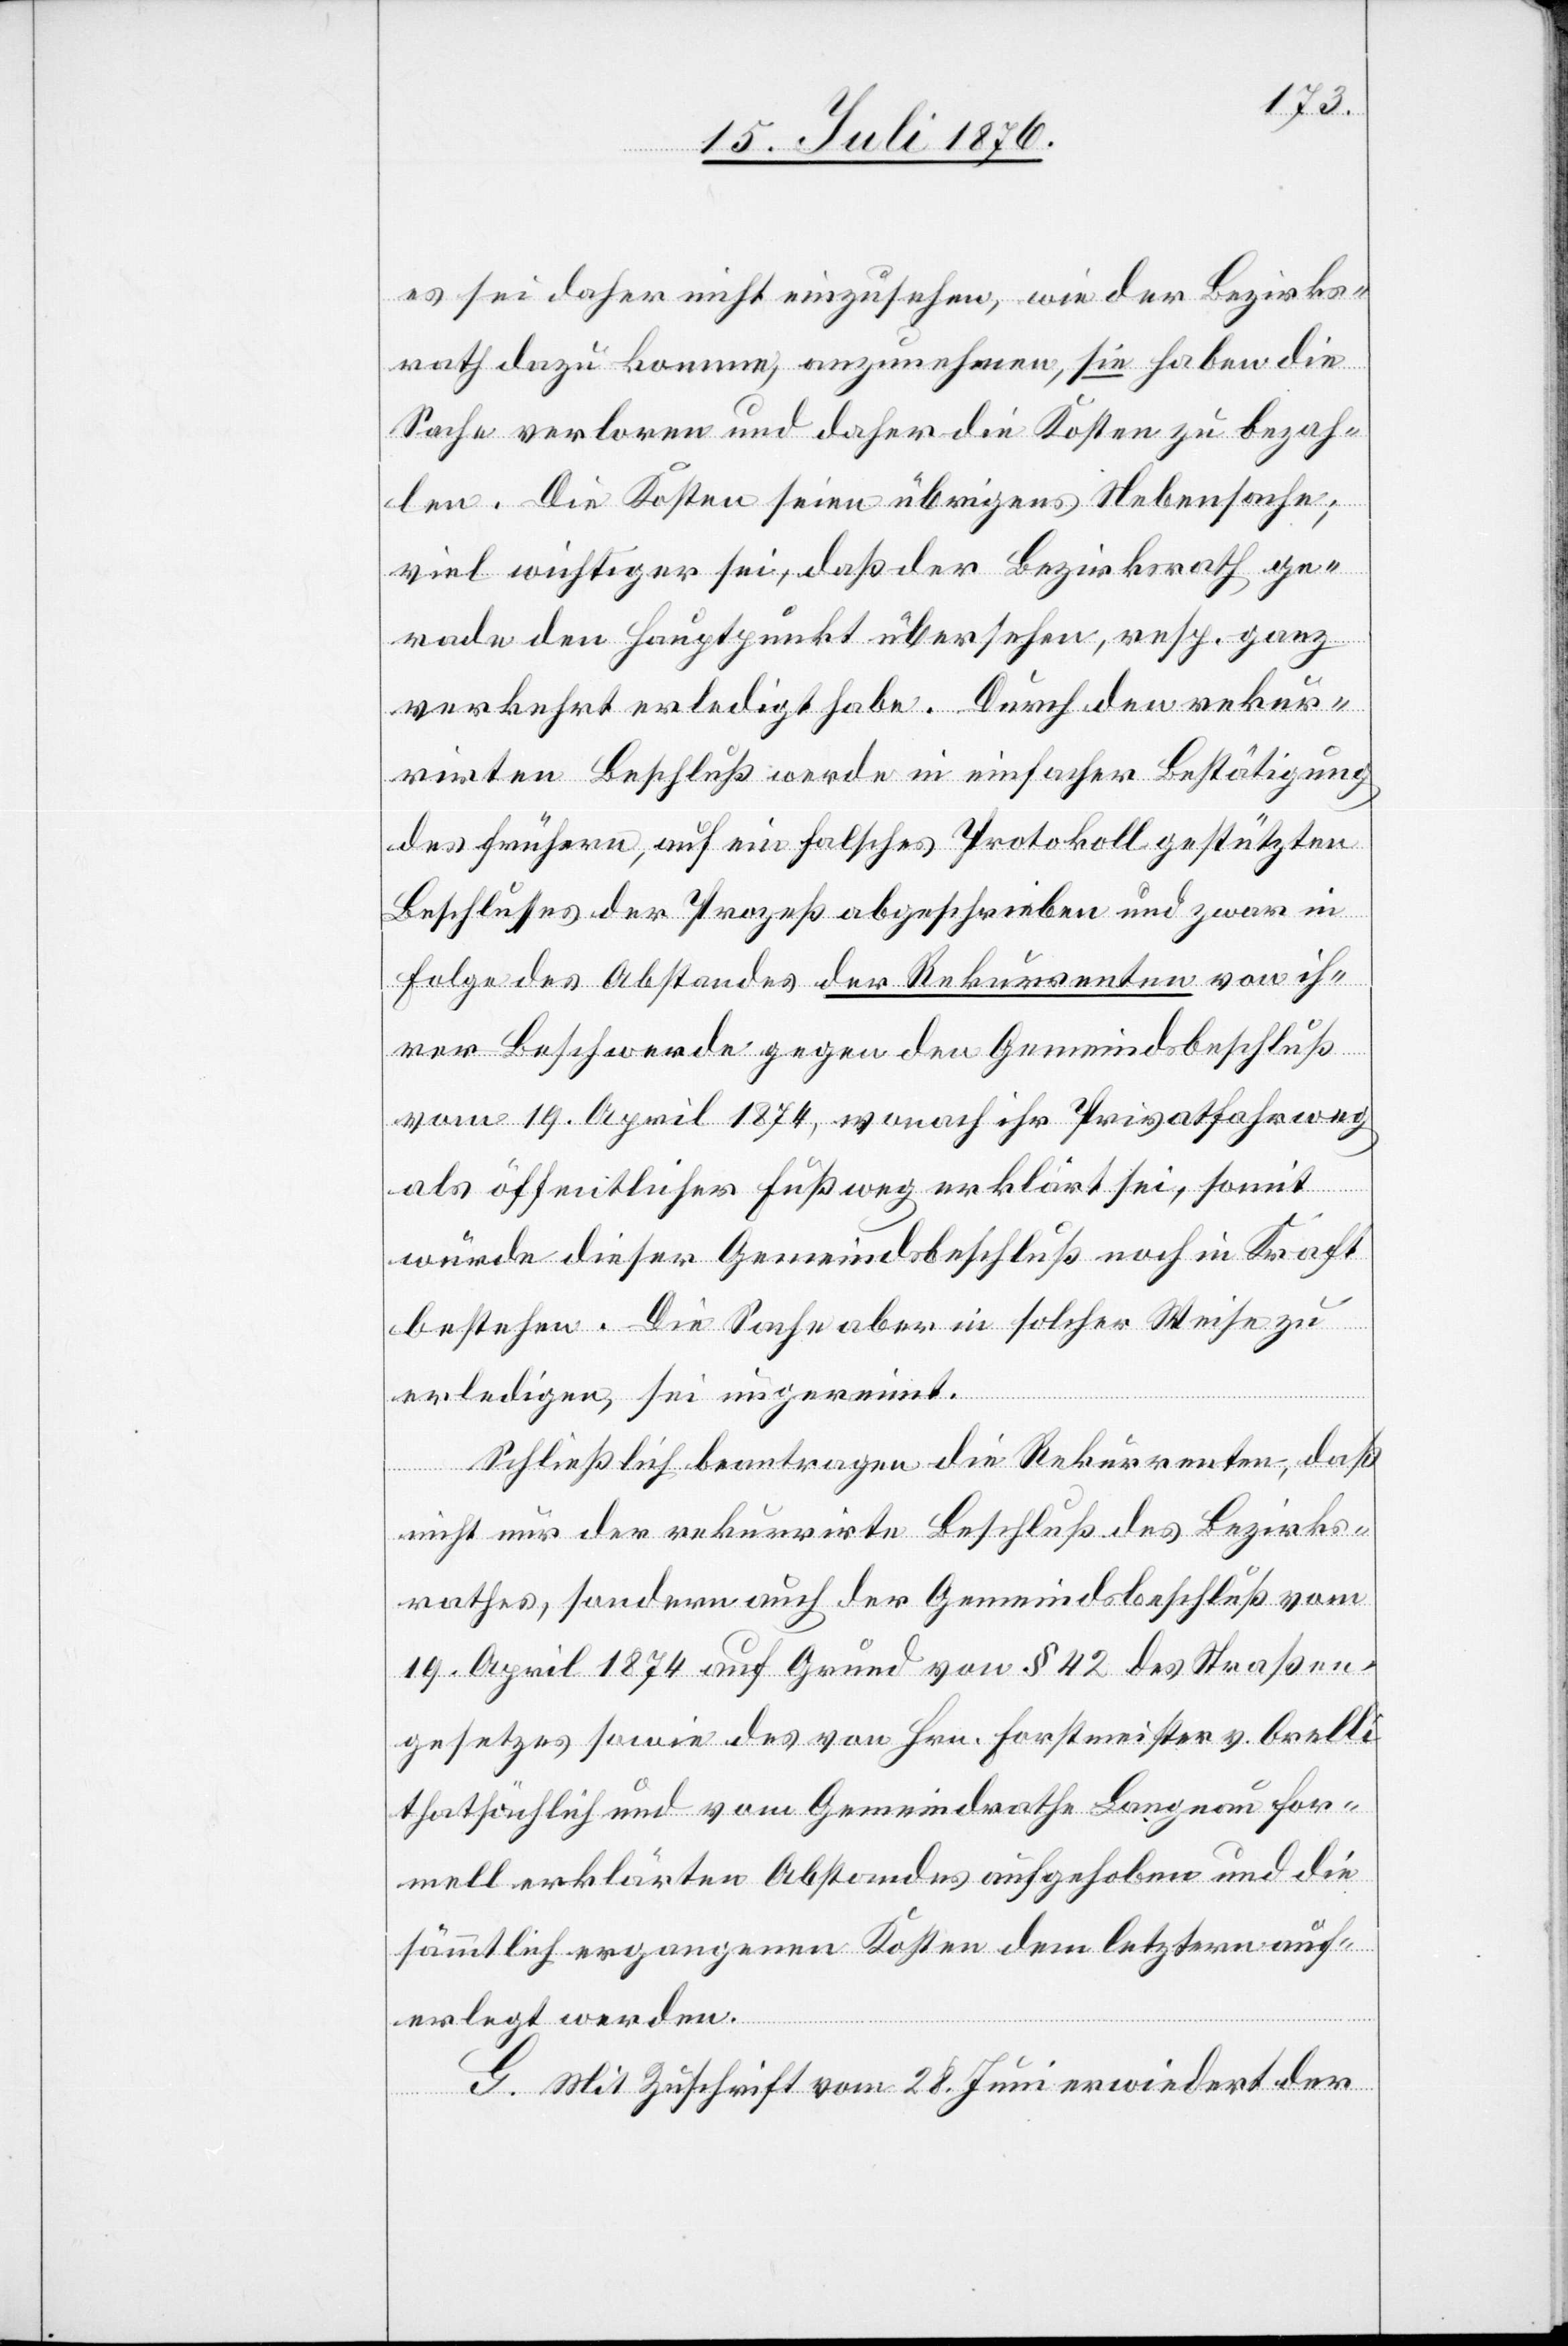
es sei daher nicht einzusehen, wie der Bezirks¬
rath dazu komme, anzunehmen, sie haben die
Sache verloren und daher die Kosten zu bezah¬
len. Die Kosten seien übrigens Nebensache;
viel wichtiger sei, daß der Bezirksrath ge¬
rade den Hauptpunkt übersehe, resp. ganz
verkehrt erledigt habe. Durch den rekur¬
rirten Beschluß werde in einfacher Bestätigung
des frühern, auf ein falsches Protokoll gestützten
Beschlusses der Prozeß abgeschrieben und zwar in
Folge des Abstandes der Rekurrenten von ih¬
rer Beschwerde gegen den Gemeindsbeschluß
vom 19. April 1874, wonach ihr Privatfahrweg
als öffentlicher Fußweg erklärt sei, somit
würde dieser Gemeindsbeschluß noch in Kraft
bestehen. Die Sache aber in solcher Weise zu
erledigen, sei ungereimt.
Schließlich beantragen die Rekurrenten, das
nicht nur der rekurrirte Beschluß des Bezirks¬
rathes, sondern auch der Gemeindsbeschluß vom
19. April 1874 auf Grund von § 42 des Straßen¬
gesetzes sowie des von Hrn. Forstmeister v. Orelli
thatsächlich und vom Gemeindrathe Langnau for¬
mell erklärten Abstandes aufgehoben und die
sämmtlich ergangenen Kosten dem letztern auf¬
erlegt werden.
G. Mit Zuschrift vom 28. Juni erwiedert der